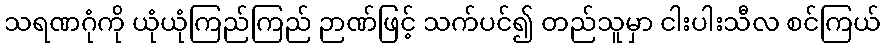
သရဏဂုံကို ယုံယုံကြည်ကြည် ဉာဏ်ဖြင့် သက်ပင်၍ တည်သူမှာ ငါးပါးသီလ စင်ကြယ်